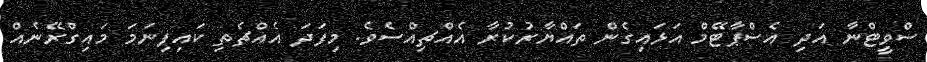
ސްވީޓްނާ އަދި އެސްޕާޓޭމް އަޅައިގެން ތައްޔާރުކުރާ އެއްޗިއްސެވެ. މިފަދަ އެއްޗެތި ކައިފިނަމަ މައިގްރޭނެއް